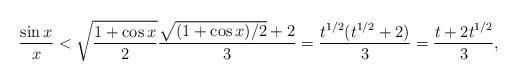
LaTeX: \begin{align*}\frac{\sin x}{x}<\sqrt{\frac{1+\cos x}{2}}\frac{\sqrt{(1+\cos x)/2}+2}{3}=\frac{t^{1/2}(t^{1/2}+2)}{3}=\frac{t+2t^{1/2}}{3},\end{align*}